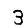
Digit: 3